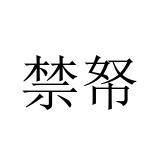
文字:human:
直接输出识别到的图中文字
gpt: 禁帑